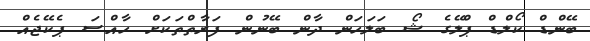
ބޭންޑް ކޯލްޑް ޕްލޭގެ ޝޯ ބަލަހަން ދާން ބޭނުން ފަރާތްތަކަށް ހާއްސަ ޕެކޭޖެއް